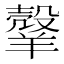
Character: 𦎼